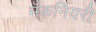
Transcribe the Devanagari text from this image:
मॅकनियरी